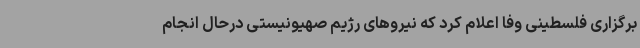
برگزاری فلسطینی وفا اعلام کرد که نیروهای رژیم صهیونیستی درحال انجام